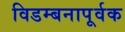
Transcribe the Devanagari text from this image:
विडम्बनापूर्वक